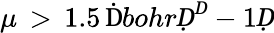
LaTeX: \mu\, >\, 1.5\, \mathrm ḊbohrḌ^{Ḋ}-1Ḍ